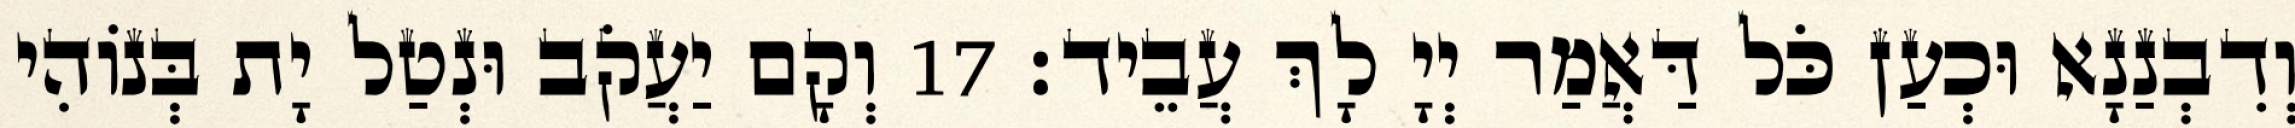
וְדִבְנַנָא וּכְעַן כֹּל דַּאֲמַר יְיָ לָךְ עֲבֵיד׃ 17 וְקָם יַעֲקֹב וּנְטַל יָת בְּנוֹהִי